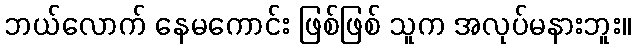
ဘယ်လောက် နေမကောင်း ဖြစ်ဖြစ် သူက အလုပ်မနားဘူး။